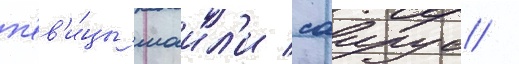
п'ев'и́цы маил'и саирус /